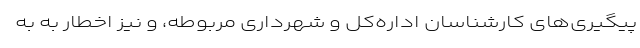
پیگیری‌های کارشناسان اداره‌کل و شهرداری مربوطه، و نیز اخطار به به